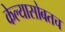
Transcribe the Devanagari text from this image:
केल्यासोबतच